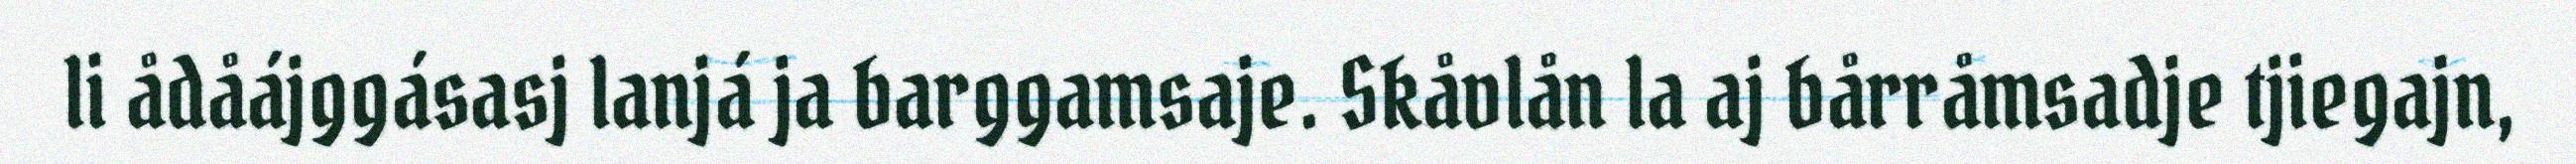
li ådåájggásasj lanjá ja barggamsaje. Skåvlån la aj bårråmsadje tjiegajn,